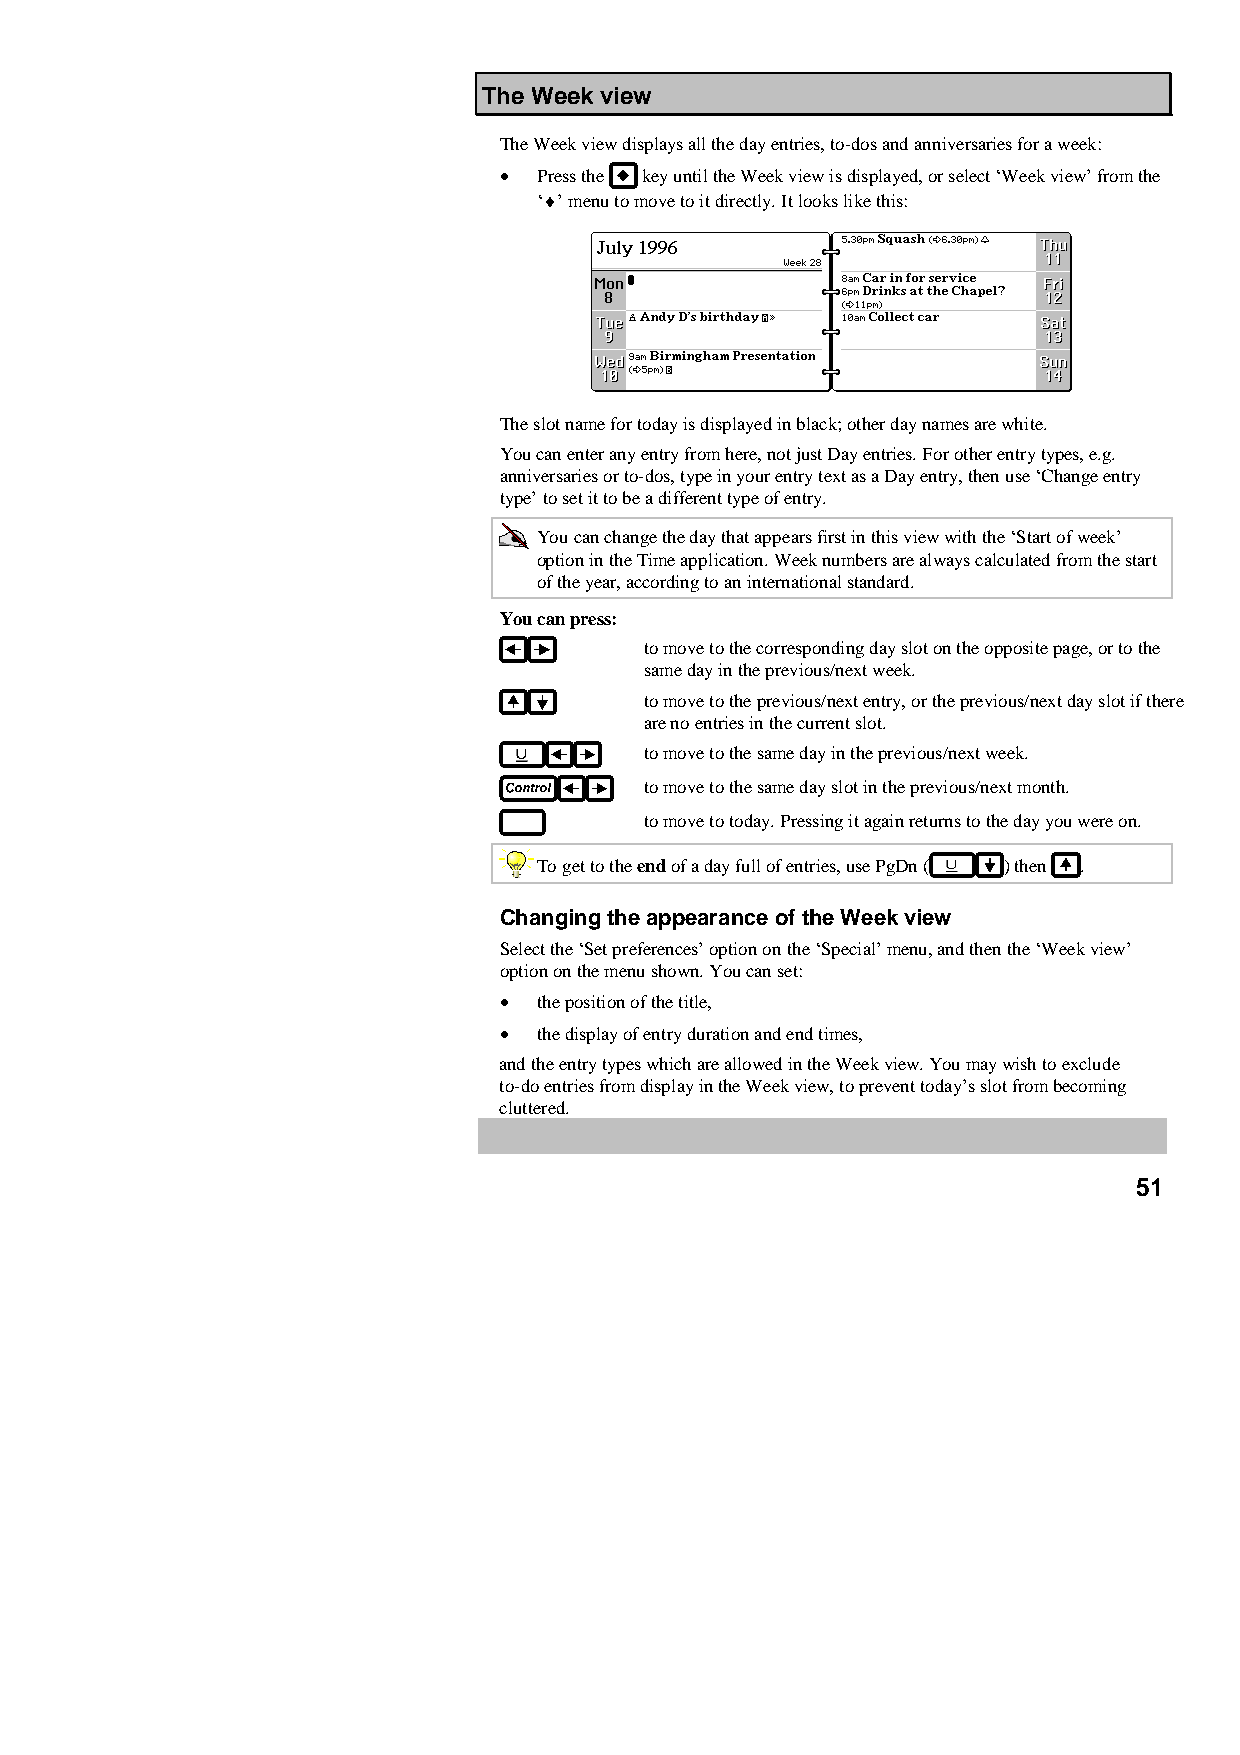
The Week view
 The Week view displays all the day entries, to-dos and anniversaries for a week:
 •  Press the key until the Week view is displayed, or select ‘Week view’ from the
 ‘♦’ menu to move to it directly. It looks like this:
 The slot name for today is displayed in black; other day names are white.
 You can enter any entry from here, not just Day entries. For other entry types, e.g.
 anniversaries or to-dos, type in your entry text as a Day entry, then use ‘Change entry
 type’ to set it to be a different type of entry.
 You can change the day that appears first in this view with the ‘Start of week’
 option in the Time application. Week numbers are always calculated from the start
 of the year, according to an international standard.
 You can press:
 to move to the corresponding day slot on the opposite page, or to the
 same day in the previous/next week.
 to move to the previous/next entry, or the previous/next day slot if there
 are no entries in the current slot.
 to move to the same day in the previous/next week.
 to move to the same day slot in the previous/next month.
 to move to today. Pressing it again returns to the day you were on.
 To get to the end of a day full of entries, use PgDn ( ) then .
 Changing the appearance of the Week view
 Select the ‘Set preferences’ option on the ‘Special’ menu, and then the ‘Week view’
 option on the menu shown. You can set:
 •  the position of the title,
 •  the display of entry duration and end times,
 and the entry types which are allowed in the Week view. You may wish to exclude
 to-do entries from display in the Week view, to prevent today’s slot from becoming
 cluttered.
 51